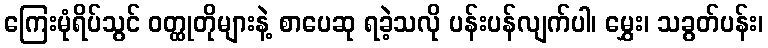
ကြေးမုံရိပ်သွင် ဝတ္ထုတိုများနဲ့ စာပေဆု ရခဲ့သလို ပန်းပန်လျက်ပါ၊ မွှေး၊ သခွတ်ပန်း၊